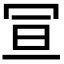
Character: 𭁴